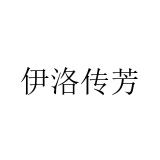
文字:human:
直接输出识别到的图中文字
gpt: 伊洛传芳